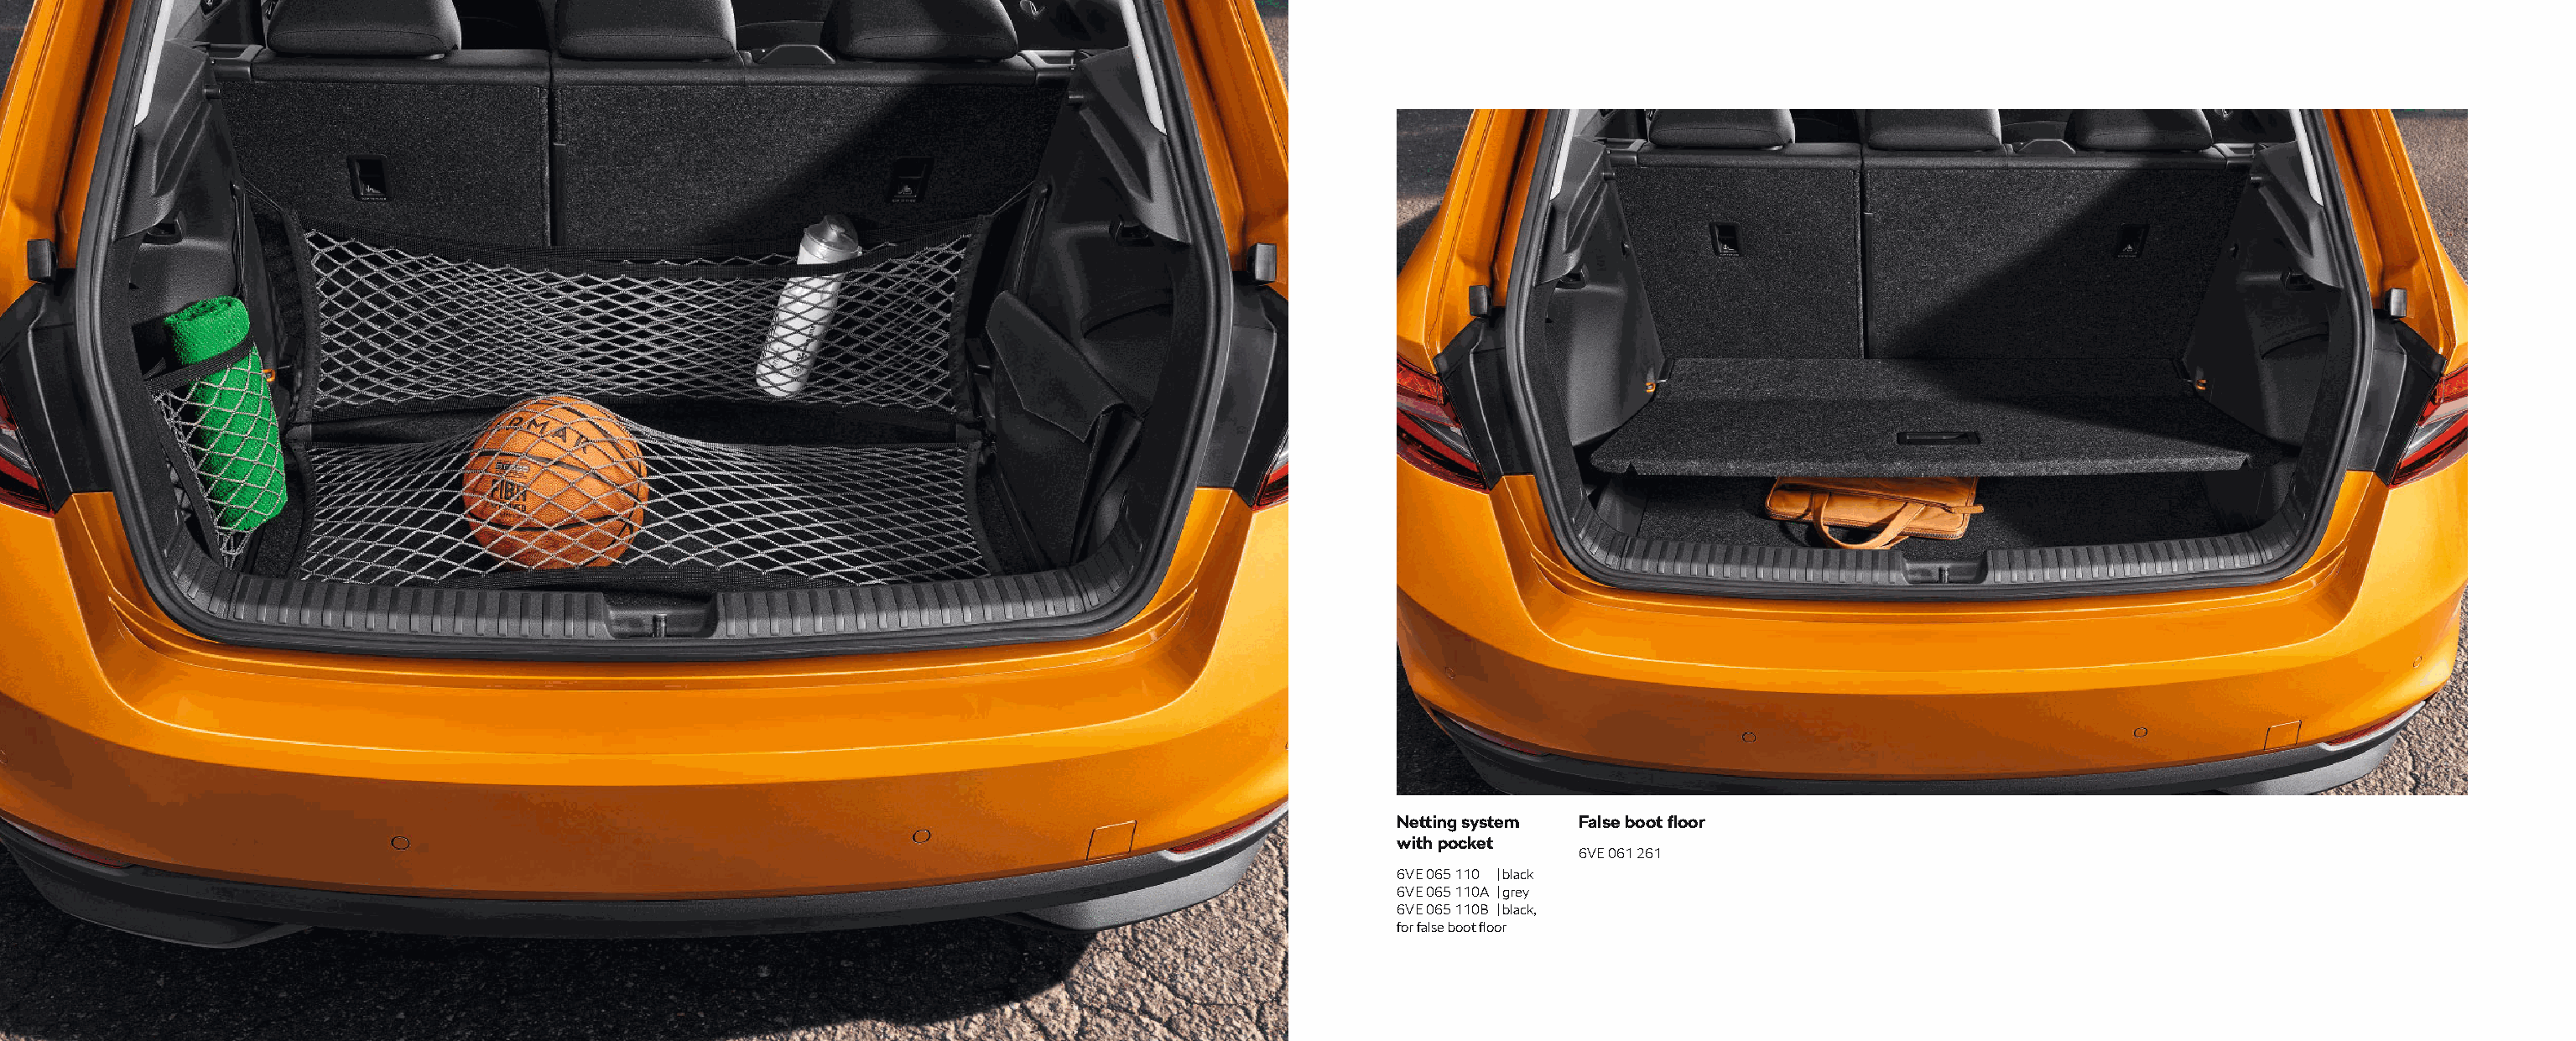
Netting system False boot fl oor
 with pocket
 6VE 061 261
 6VE 065 110 | black
 6VE 065 110A | grey
 6VE 065 110B | black,
 for false boot fl oor